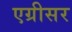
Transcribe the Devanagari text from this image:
एग्रीसर